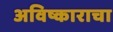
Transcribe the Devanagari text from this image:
अविष्काराचा